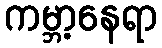
ကမ္ဘာ့နေရာ